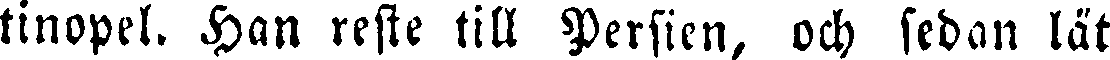
tinopel. Han reste till Persien, och sedan lät